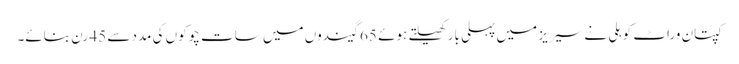
کپتان وراٹ کوہلی نے سیریز میں پہلی بار کھیلتے ہوئے 65 گیندوں میں سات چوکوں کی مدد سے 45 رن بنائے۔